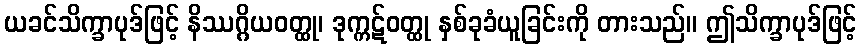
ယခင်သိက္ခာပုဒ်ဖြင့် နိဿဂ္ဂိယဝတ္ထု၊ ဒုက္ကဋ်ဝတ္ထု နှစ်ခုခံယူခြင်းကို တားသည်။ ဤသိက္ခာပုဒ်ဖြင့်